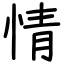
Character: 情